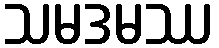
သမဒမဿ